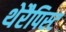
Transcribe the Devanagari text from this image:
थेरैपिस्ट